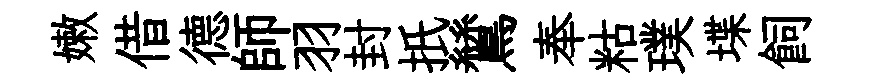
嫩借德師羽封扺鷥奉䊀璞堞飼